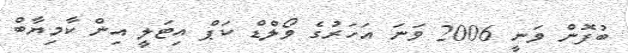
ބުފޮން ވަނީ 2006 ވަނަ އަހަރުގެ ވޯލްޑް ކަޕް އިޓަލީ އިން ކާމިޔާބް